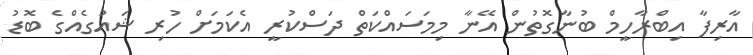
އާރިފާ އިބްރާހީމް ބުނާގޮތުން އޭނާ މިމަސައްކަތް ދަސްކުރީ އެކަމަށް ހުރި ޝައުގެއްގެ ބޮޑު